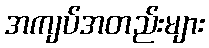
အကျပ်အတည်းများ